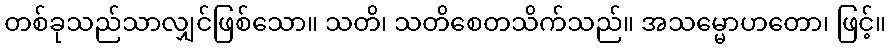
တစ်ခုသည်သာလျှင်ဖြစ်သော။ သတိ၊ သတိစေတသိက်သည်။ အသမ္မောဟတော၊ ဖြင့်။